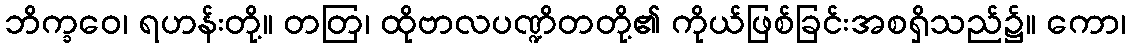
ဘိက္ခဝေ၊ ရဟန်းတို့။ တတြ၊ ထိုဗာလပဏ္ဍိတတို့၏ ကိုယ်ဖြစ်ခြင်းအစရှိသည်၌။ ကော၊